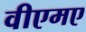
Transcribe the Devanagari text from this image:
वीएमए